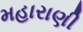
મહારાણી